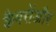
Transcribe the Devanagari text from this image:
कैमरोंऔर